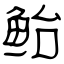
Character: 鲐